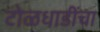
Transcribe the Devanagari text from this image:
टोळधाडींचा